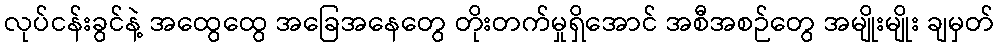
လုပ်ငန်းခွင်နဲ့ အထွေထွေ အခြေအနေတွေ တိုးတက်မှုရှိအောင် အစီအစဉ်တွေ အမျိုးမျိုး ချမှတ်